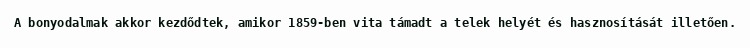
A bonyodalmak akkor kezdődtek, amikor 1859-ben vita támadt a telek helyét és hasznosítását illetően.